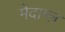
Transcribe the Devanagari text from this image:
मेदाम्ल